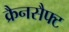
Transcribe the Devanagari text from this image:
क्रैनसैफ्ट